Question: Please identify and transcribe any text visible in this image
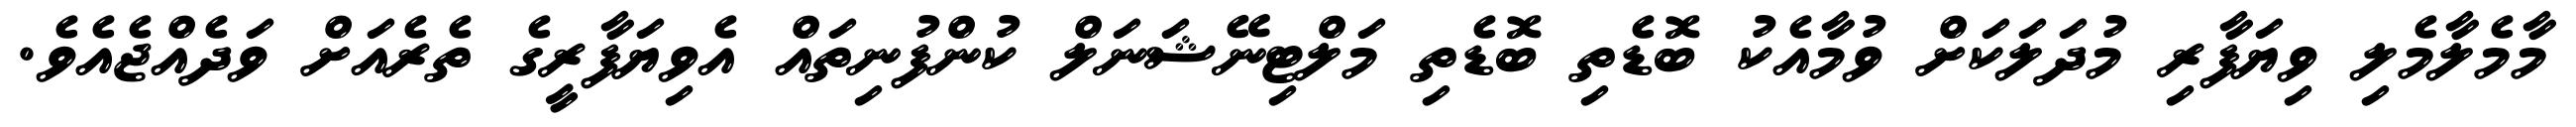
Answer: މާމެލާމެލި ވިޔަފާރި މުދަލަކަށް ވުމާއެކު ބޮޑެތި ބޮޑެތި މަލްޓިނޭޝަނަލް ކުންފުނިތައް އެވިޔަފާރީގެ ތެރެއަށް ވަދެއްޖެއެވެ.